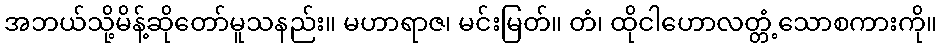
အဘယ်သို့မိန့်ဆိုတော်မူသနည်း။ မဟာရာဇ၊ မင်းမြတ်။ တံ၊ ထိုငါဟောလတ္တံ့သောစကားကို။